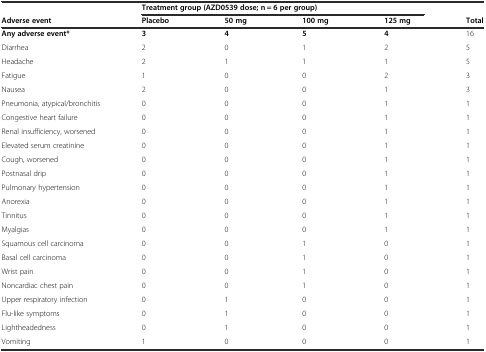
<table><thead><tr><td></td><td colspan="4"><b>Treatment group (AZD0539 dose; n = 6 per group)</b></td><td></td></tr><tr><td><b>Adverse event</b></td><td><b>Placebo</b></td><td><b>50 mg</b></td><td><b>100 mg</b></td><td><b>125 mg</b></td><td><b>Total</b></td></tr></thead><tbody><tr><td><b>Any adverse event*</b></td><td><b>3</b></td><td><b>4</b></td><td><b>5</b></td><td><b>4</b></td><td>16</td></tr><tr><td>Diarrhea</td><td>2</td><td>0</td><td>1</td><td>2</td><td>5</td></tr><tr><td>Headache</td><td>2</td><td>1</td><td>1</td><td>1</td><td>5</td></tr><tr><td>Fatigue</td><td>1</td><td>0</td><td>0</td><td>2</td><td>3</td></tr><tr><td>Nausea</td><td>2</td><td>0</td><td>0</td><td>1</td><td>3</td></tr><tr><td>Pneumonia, atypical/bronchitis</td><td>0</td><td>0</td><td>0</td><td>1</td><td>1</td></tr><tr><td>Congestive heart failure</td><td>0</td><td>0</td><td>0</td><td>1</td><td>1</td></tr><tr><td>Renal insufficiency, worsened</td><td>0</td><td>0</td><td>0</td><td>1</td><td>1</td></tr><tr><td>Elevated serum creatinine</td><td>0</td><td>0</td><td>0</td><td>1</td><td>1</td></tr><tr><td>Cough, worsened</td><td>0</td><td>0</td><td>0</td><td>1</td><td>1</td></tr><tr><td>Postnasal drip</td><td>0</td><td>0</td><td>0</td><td>1</td><td>1</td></tr><tr><td>Pulmonary hypertension</td><td>0</td><td>0</td><td>0</td><td>1</td><td>1</td></tr><tr><td>Anorexia</td><td>0</td><td>0</td><td>0</td><td>1</td><td>1</td></tr><tr><td>Tinnitus</td><td>0</td><td>0</td><td>0</td><td>1</td><td>1</td></tr><tr><td>Myalgias</td><td>0</td><td>0</td><td>0</td><td>1</td><td>1</td></tr><tr><td>Squamous cell carcinoma</td><td>0</td><td>0</td><td>1</td><td>0</td><td>1</td></tr><tr><td>Basal cell carcinoma</td><td>0</td><td>0</td><td>1</td><td>0</td><td>1</td></tr><tr><td>Wrist pain</td><td>0</td><td>0</td><td>1</td><td>0</td><td>1</td></tr><tr><td>Noncardiac chest pain</td><td>0</td><td>0</td><td>1</td><td>0</td><td>1</td></tr><tr><td>Upper respiratory infection</td><td>0</td><td>1</td><td>0</td><td>0</td><td>1</td></tr><tr><td>Flu-like symptoms</td><td>0</td><td>1</td><td>0</td><td>0</td><td>1</td></tr><tr><td>Lightheadedness</td><td>0</td><td>1</td><td>0</td><td>0</td><td>1</td></tr><tr><td>Vomiting</td><td>1</td><td>0</td><td>0</td><td>0</td><td>1</td></tr></tbody></table>